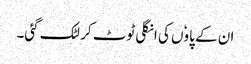
ان کے پاوٗں کی انگلی ٹوٹ کر لٹک گئی۔